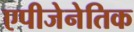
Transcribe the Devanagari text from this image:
एपीजेनेतिक